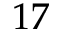
1 7